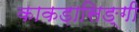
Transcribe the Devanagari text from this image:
काकड़ासिङ्गी